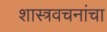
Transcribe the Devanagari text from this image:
शास्त्रवचनांचा